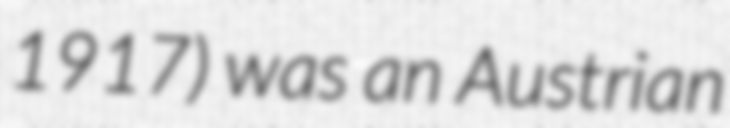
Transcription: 1917) was an Austrian